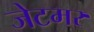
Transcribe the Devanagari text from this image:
जेटमर